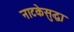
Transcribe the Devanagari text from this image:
नाटकेसुद्धा